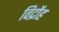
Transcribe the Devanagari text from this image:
विद्रोंह